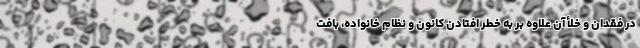
در فقدان و خلأ آن علاوه بر به خطر افتادن کانون و نظام خانواده، بافت